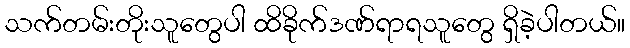
သက်တမ်းတိုးသူတွေပါ ထိခိုက်ဒဏ်ရာရသူတွေ ရှိခဲ့ပါတယ်။